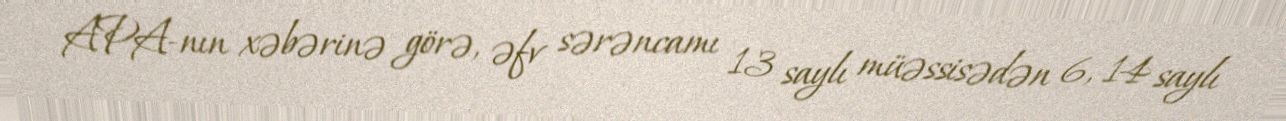
APA-nın xəbərinə görə, əfv sərəncamı 13 saylı müəssisədən 6, 14 saylı